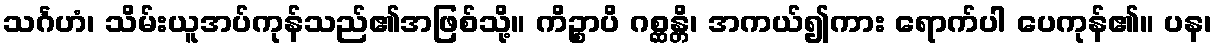
သင်္ဂဟံ၊ သိမ်းယူအပ်ကုန်သည်၏အဖြစ်သို့။ ကိဉ္စာပိ ဂစ္ဆန္တိ၊ အကယ်၍ကား ရောက်ပါ ပေကုန်၏။ ပန၊